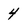
Character: 4